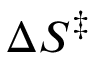
\Delta S ^ { \ddagger }